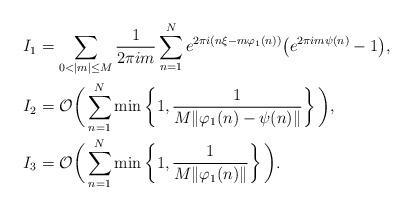
LaTeX: \begin{align*}I_1&=\sum_{0<|m|\le M}\frac{1}{2\pi i m}\sum_{n=1}^Ne^{2\pi i(n\xi-m\varphi_1(n))}\big(e^{2\pi im\psi(n)} - 1 \big),\\I_2&=\mathcal O\bigg( \sum_{n=1}^N\min\left\{1, \frac{1}{M\|\varphi_1(n)-\psi(n)\|}\right\}\bigg),\\I_3&=\mathcal O\bigg( \sum_{n=1}^N\min\left\{1, \frac{1}{M\|\varphi_1(n)\|}\right\}\bigg).\end{align*}